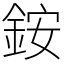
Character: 銨